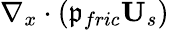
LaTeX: \nabla_{x}\cdot\left(\mathfrak{p}_{fric}\textbf{{U}}_{s}\right)